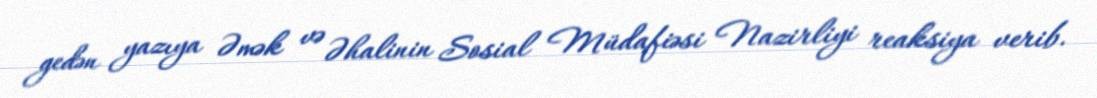
gedən yazıya Əmək və Əhalinin Sosial Müdafiəsi Nazirliyi reaksiya verib.